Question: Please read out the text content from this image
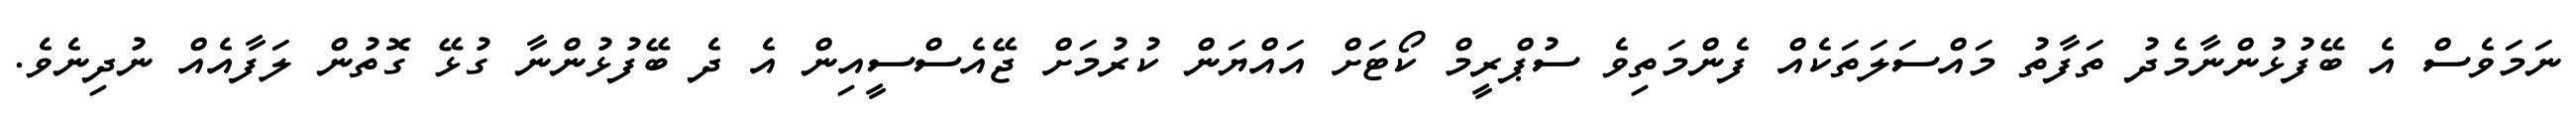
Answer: ނަމަވެސް އެ ބޭފުޅުންނާމެދު ތަފާތު މައްސަލަތަކެއް ފެންމަތިވެ ސުޕްރީމް ކޯޓަށް އައްޔަން ކުރުމަށް ޖޭއެސްސީއިން އެ ދެ ބޭފުޅުންނާ ގުޅޭ ގޮތުން ލަފާއެއް ނުދިނެވެ.